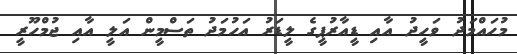
މުހައްމަދު ވަހީދު އާއި ޑީއާރުޕީގެ ލީޑަރު އަހުމަދު ތަސްމީން އަލީ އާއި ޖުމްހޫރީ